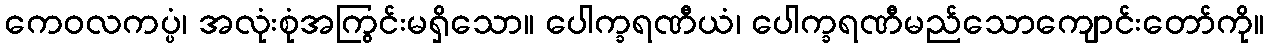
ကေဝလကပ္ပံ၊ အလုံးစုံအကြွင်းမရှိသော။ ပေါက္ခရဏီယံ၊ ပေါက္ခရဏီမည်သောကျောင်းတော်ကို။